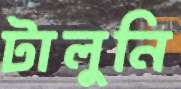
টালুনি